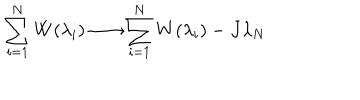
\sum _ { i = 1 } ^ { N } W ( \lambda _ { i } ) \longrightarrow \sum _ { i = 1 } ^ { N } W ( \lambda _ { i } ) - J \lambda _ { N }